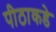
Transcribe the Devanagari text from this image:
पीठाकडे